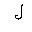
Letter: _lam